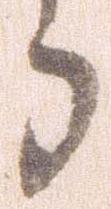
う